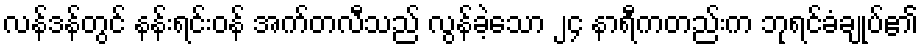
လန်ဒန်တွင် နန်းရင်းဝန် အက်တလီသည် လွန်ခဲ့သော ၂၄ နာရီကတည်းက ဘုရင်ခံချုပ်၏